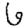
Digit: 6